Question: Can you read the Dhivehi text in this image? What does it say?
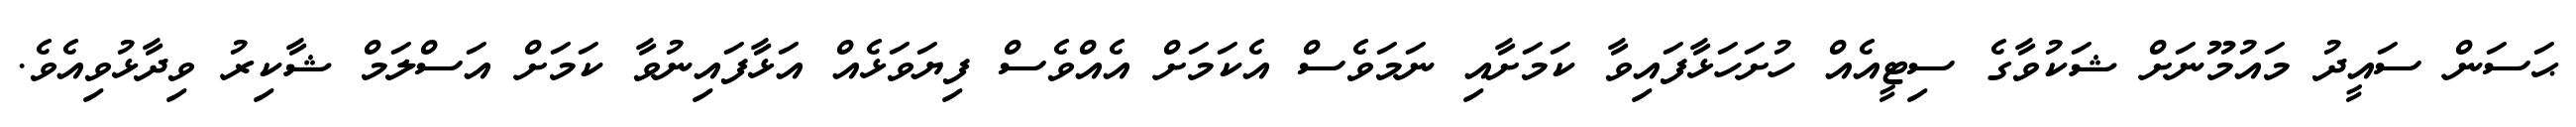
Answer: ޙަސަން ސައީދު މައުމޫނަށް ޝަކުވާގެ ސިޓީއެއް ހުށަހަޅާފައިވާ ކަމަށާއި ނަމަވެސް އެކަމަށް އެއްވެސް ފިޔަވަޅެއް އަޅާފައިނުވާ ކަމަށް އަސްލަމް ޝާކިރު ވިދާޅުވިއެވެ.